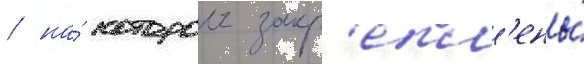
/ на́ которои закр'епл'ены́